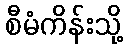
စီမံကိန်းသို့